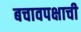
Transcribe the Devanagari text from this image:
बचावपक्षाची